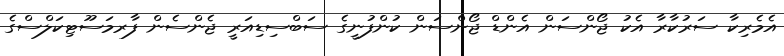
އެމެރިކާ ސަރުކާރާ އެކު ޖޯންސަން އެންޑް ޖޯންސަން ކުންފުނީގެ ސަބްސިޑިއަރީ ޖެންސެން ފާރމަސޫޓިކަލްސްގެ